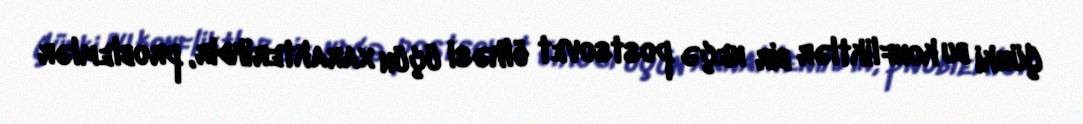
Çünki bu konfliktlər bir neçə postsovet ölkəsi üçün xarakterikdir, problemlər